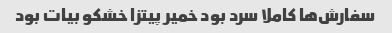
سفارش‌ها کاملا سرد بود خمیر پیتزا خشکو بیات بود